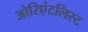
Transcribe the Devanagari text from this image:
ओरिएंटलिस्ट